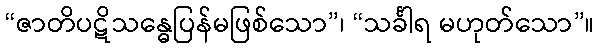
“ဇာတိပဋိသန္ဓေပြန်မဖြစ်သော”၊ “သင်္ခါရ မဟုတ်သော”။